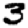
Digit: 3